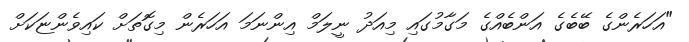
"އަހަރެންގެ ބޭބެގެ އަންބެއްގެ މަގާމުގައި މިއަދު ނީލަމް އިންނަމަ އަހަރެން މިގޮތަށް ކައިވެންޏަަކަށް